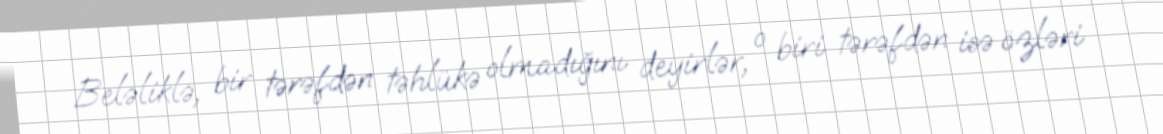
Beləliklə, bir tərəfdən təhlükə olmadığını deyirlər, o biri tərəfdən isə özləri